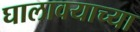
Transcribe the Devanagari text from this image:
घालावयाच्या